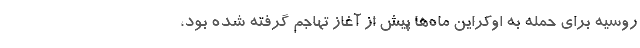
روسیه برای حمله به اوکراین ماه‌ها پیش از آغاز تهاجم گرفته شده بود،